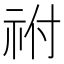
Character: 祔